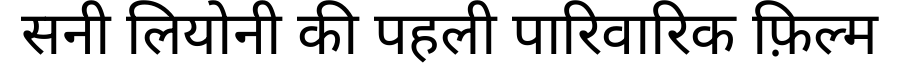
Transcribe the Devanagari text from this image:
सनी लियोनी की पहली पारिवारिक फ़िल्म